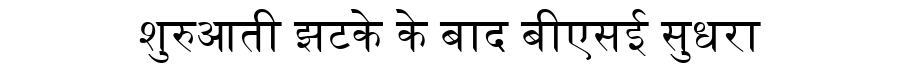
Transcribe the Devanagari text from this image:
शुरुआती झटके के बाद बीएसई सुधरा